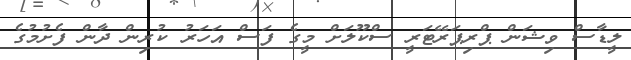
ލީޑާސް ވިޝަން ޕްރިޕަރޭޓަރީ ސްކޫލަށް މީގެ ފަސް އަހަރު ކުރިން ދާން ފެށުމުގެ